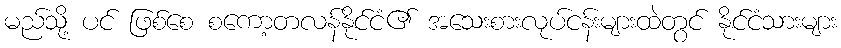
မည်သို့ ပင် ဖြစ်စေ စကော့တလန်နိုင်ငံ၏ အသေးစားလုပ်ငန်းများထဲတွင် နိုင်ငံသားများ